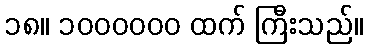
၁၈။ ၁၀၀၀၀၀၀ ထက် ကြီးသည်။